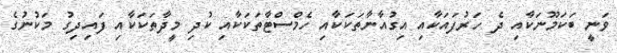
ވަނީ ބަކަމޫނަކާއި ދެ ހަރުފައަކާއި އިގުއާނާތަކަކާއި ހެމްސްޓާތަކަކާއި ކުދި މީދާތަކަކާއި ފައިދިގު މަކުނުގެ